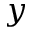
y